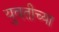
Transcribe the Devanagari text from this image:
युवतीच्या